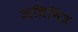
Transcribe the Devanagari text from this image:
अधिमित्र